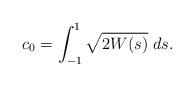
LaTeX: \begin{align*} c_0 = \int^1_{-1} \sqrt{2W(s)} \; ds. \end{align*}